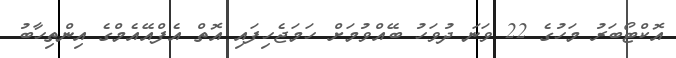
އޮކްޓޯބަރު މަހުގެ 22 ވަނަ ދުވަހު ބޭއްވުމަށް ހަމަޖެހިފައި އޮތް އެފްއޭއެމްގެ އިންތިހާބު